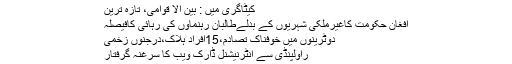
کیٹاگری میں : بین الا قوامی، تازہ ترین
افغان حکومت کاغیرملکی شہریوں کے بدلےطالبان رہنماؤں کی رہائی کافیصلہ
دوٹرینوں میں خوفناک تصادم،15افراد ہلاک،درجنوں زخمی
راولپنڈی سے انٹرنیشنل ڈارک ویب کا سرغنہ گرفتار